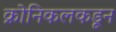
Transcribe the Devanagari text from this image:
क्रोनिकलकडून